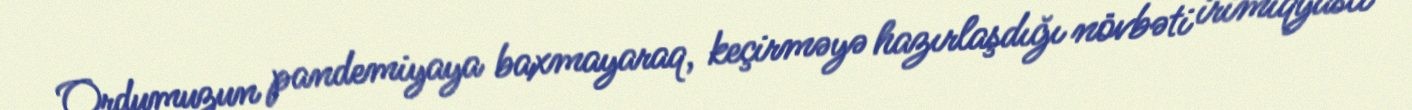
Ordumuzun pandemiyaya baxmayaraq, keçirməyə hazırlaşdığı növbəti irimiqyaslı